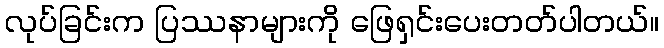
လုပ်ခြင်းက ပြဿနာများကို ဖြေရှင်းပေးတတ်ပါတယ်။